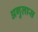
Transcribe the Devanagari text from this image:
अगुलास